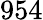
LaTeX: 954